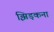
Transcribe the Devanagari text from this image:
झिड़कना